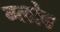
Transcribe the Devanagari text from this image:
ग्‍लोब